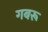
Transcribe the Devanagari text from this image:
गबरू